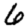
Digit: 6